Medical and sanitary report of the native army of Bengal for the year
Year: 1877
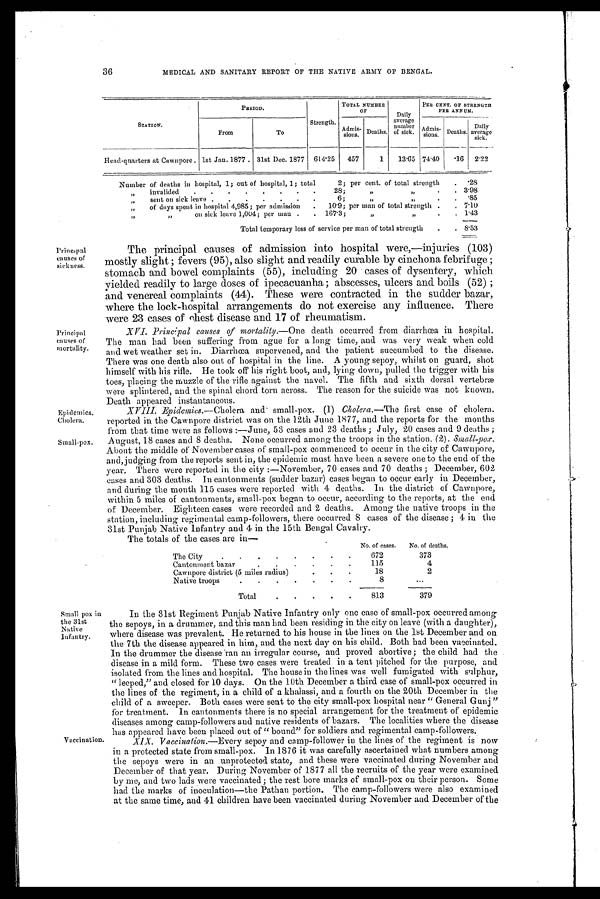
Epidemics.
Cholera.
Small-pox.
Principal
causes of
sickness.
Principal
causes of
mortality.
36
MEDICAL AND SANITARY REPORT OF THE NATIVE ARMY OF BENGAL.
PERIOD.
TOTAL NUMBER
OF
Daily
average
number
of sick
PER CENT. OF STRENGTH
PER ANNUM.
STATION.
From
To
Strength.
Admis-
sions. Deaths.
Admis-
sions
Deaths.
Daily
average
sick.
Head-quarters at Cawnpore . 1st Jan. 1877 . 31st Dec. 1877
614.25
457
1
13.65 74.40
.16
2.22
Number of deaths in hospital, 1; out of hospital, 1; total
2; per cent. of total strength
. .28
" invalided
.
.
.
.
.
.
.
.
28;
"
"
.
.
3.98
„
sent on sick leave .
.
.
.
.
.
.
6;
"
,,
. . .85
"
of days spent in hospital 4,985; per admission
.
10.9; per man of total strength .
. 7.10
"
"
on sick leave 1,004; per man .
.
167.3;
„
.
. 1.43
Total temporary loss of service per man of total strength
.
. 8.53
The principal causes of admission into hospital were,—injuries (103)
mostly slight ; fevers (95), also slight and readily curable by cinchona febrifuge ;
stomach and bowel complaints (55), including 20 cases of dysentery, which
yielded readily to large doses of ipecacuanha ; abscesses, ulcers and boils (52) ;
and venereal complaints (44). These were contracted in the sudder bazar,
where the lock-hospital arrangements do not exercise any influence. There
were 23 cases of ehest disease and 17 of rheumatism.
XVI. Principal causes of mortality.—One death occurred from diarrhœa in hospital.
The man had been suffering from ague for a long time, and was very weak when cold
and wet weather set in. Diarrhœa supervened, and the patient succumbed to the disease.
There was one death also out of hospital in the line. A young sepoy, whilst on guard, shot
himself with his rifle. He took off his right boot, and, lying down, pulled the trigger with his
toes, placing the muzzle of the rifle against the navel. The fifth and sixth dorsal vertebræ
were splintered, and the spinal chord torn across. The reason for the suicide was not known.
Death appeared instantaneous.
XVIII. Epidemics.— Cholera and small-pox. (1) Cholera.—The first case of cholera.
reported in the Cawnpore district was on the 12th June 1877, and the reports for the months
from that time were as follows :—June, 53 cases and 23 deaths ; July, 20 cases and 9 deaths ;
August, 18 cases and 8 deaths. None occurred among the troops in the station. (2). Small-pox.
About the middle of November cases of small-pox commenced to occur in the city of Cawnpore,
and, judging from the reports sent in, the epidemic must have been a severe one to the end of the
year. There were reported in the city :—November, 70 cases and 70 deaths ; December, 602
cases and 303 deaths. In cantonments (sudder bazar) cases began to occur early in December,
and during the month 115 cases were reported with 4 deaths. In the district of Cawnpore,
within 5 miles of cantonments, small-pox began to occur, according to the reports, at the end
of December. Eighteen cases were recorded and 2 deaths. Among the native troops in the
station, including regimental camp-followers, there occurred 8 cases of the disease ; 4 in the
31st Punjab Native Infantry and 4 in the 15th Bengal Cavalry.
The totals of the cases are in
No. of cases.
No. of deaths.
The City.
.
.
.
.
.
.
.
672
373
Cantonment bazar
.
.
.
.
.
.
115
4
Cawnpore district (5 miles radius)
.
.
. 18
2
Native troops
.
.
.
.
.
.
. 8
...
Total
.
.
.
.
.
813
379
Small pox in
the 31st
Native
Infantry.
Vaccination.
In the 31st Regiment - Punjab Native Infantry only one case of small-pox occurred among
the sepoys, in a drummer, and this man had been residing in the city on leave (with a daughter),
where disease was prevalent. He returned to his house in the lines on the 1st December and on
the 7th the disease appeared in him, and the next day on his child. Both had been vaccinated.
In the drummer the disease ran an irregular course, and proved abortive; the child had the
disease in a mild form. These two cases were treated in a tent pitched for the purpose, and
isolated from the lines and hospital. The house in the lines was well fumigated with sulphur,
" leeped," and closed for 10 days. On the 10th December a third case of small-pox occurred in
the lines of the regiment, in a child of a khalassi, and a fourth on the 20th December in the
child of a sweeper. Both cases were sent to the city small-pox hospital near " General Gunj "
for treatment. In cantonments there is no special arrangement for the treatment of epidemic
diseases among camp-followers and native residents of bazars. The localities where the disease
has appeared have been placed out of " bound" for soldiers and regimental camp-followers.
XIX. Vaccination.— Every sepoy and camp-follower in the lines of the regiment is now
in a protected state from small-pox. In 1876 it was carefully ascertained what numbers among
the sepoys were in an unprotected state, and these were vaccinated during November and
December of that year. During November of 1877 all the recruits of the year were examined
by me, and two lads were vaccinated; the rest bore marks of small-pox on their person. Some
had the marks of inoculation—the Pathan portion. The camp-followers were also examined
at the same time, and 41 children have been vaccinated during November and December of the